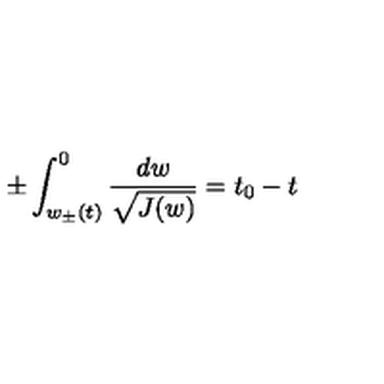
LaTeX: \pm \int _ { w _ { \pm } ( t ) } ^ { 0 } \frac { d w } { \sqrt { J ( w ) } } = t _ { 0 } - t